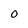
Character: O